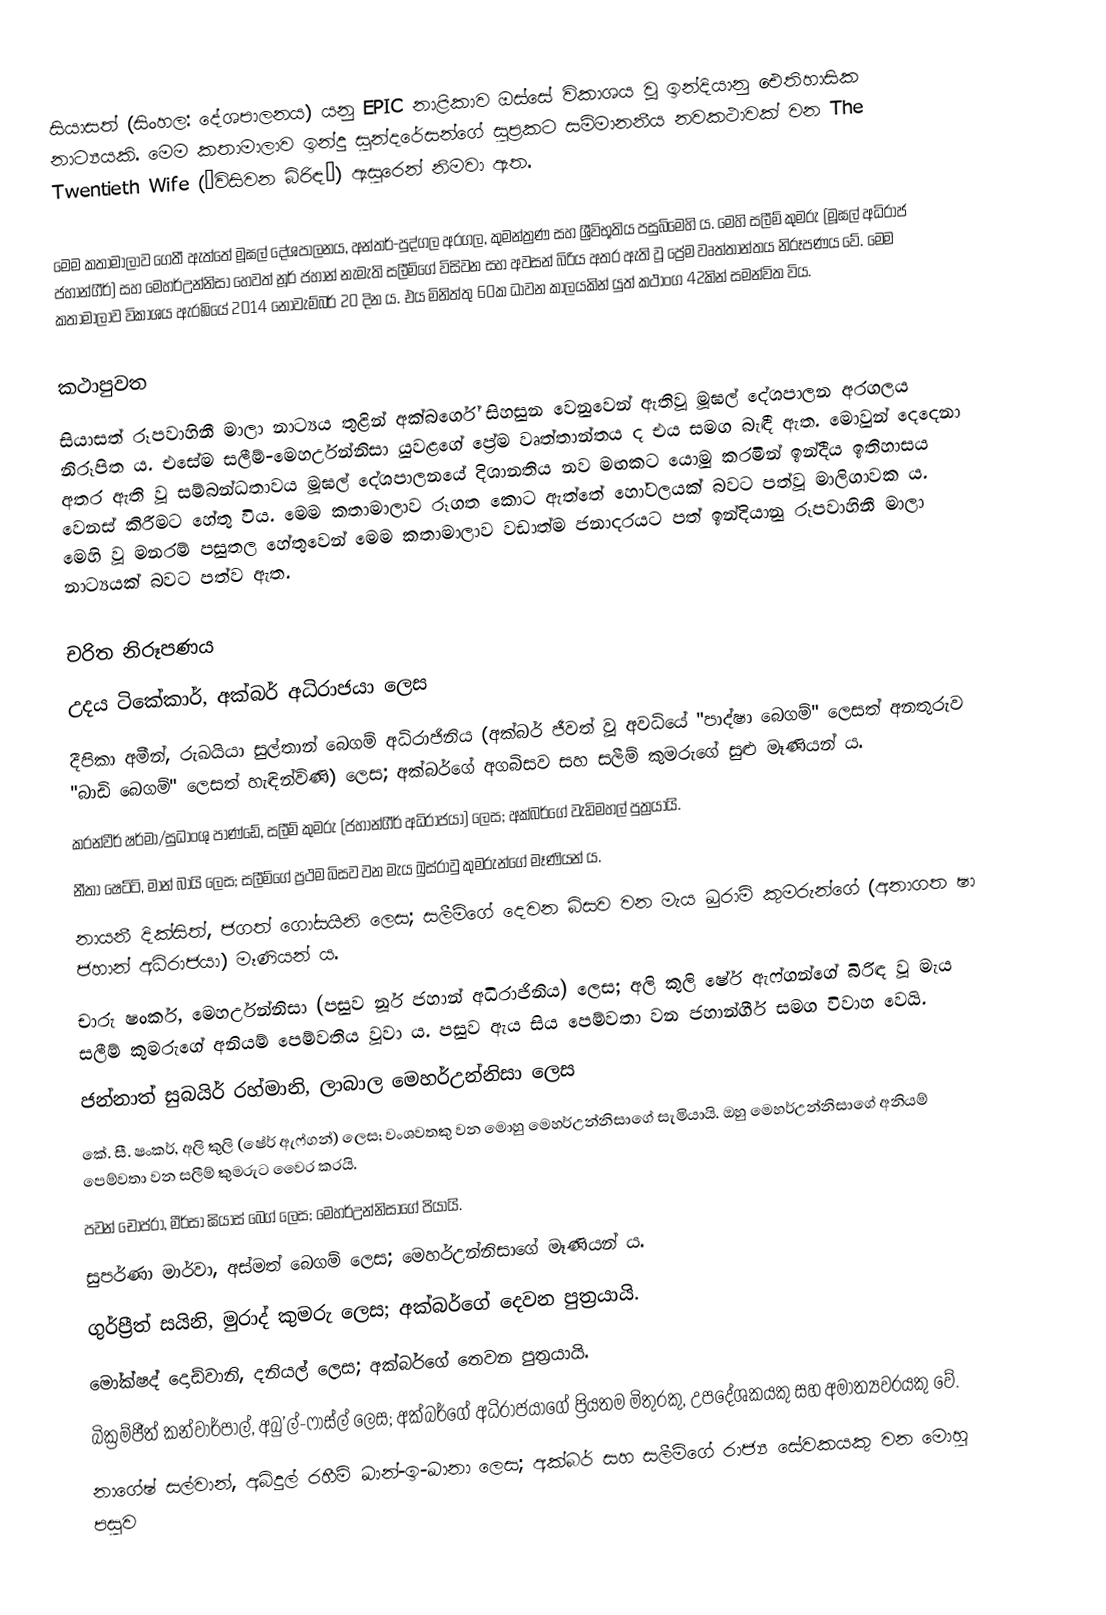
සියාසත් (සිංහල: දේශපාලනය) යනු EPIC නාළිකාව ඔස්සේ විකාශය වූ ඉන්දියානු ඓතිහාසික නාට්‍යයකි. මෙම කතාමාලාව ඉන්දු සුන්දරේසන්ගේ සුප්‍රකට සම්මානනීය නවකථාවක් වන The Twentieth Wife (“විසිවන බිරිඳ”) ඇසුරෙන් නිමවා ඇත.

මෙම කතාමාලාව ගෙතී ඇත්තේ මූඝල් දේශපාලනය, අන්තර්-පුද්ගල අරගල, කුමන්ත්‍රණ සහ ශ්‍රීවිභූතිය පසුබිමෙහි ය. මෙහි සලීම් කුමරු (මූඝල් අධිරාජ ජහාන්ගීර්) සහ මෙහර්උන්නිසා හෙවත් නූර් ජහාන් නැමැති සලීම්ගේ විසිවන සහ අවසන් බිරිය අතර ඇති වූ ප්‍රේම වෘත්තාන්තය නිරූපණය වේ. මෙම කතාමාලාව විකාශය ඇරඹියේ 2014 නොවැම්බර් 20 දින ය. එය මිනිත්තු 60ක ධාවන කාලයකින් යුත් කථාංග 42කින් සමන්විත විය.

කථාපුවත
සියාසත් රූපවාහිනී මාලා නාට්‍යය තුළින් අක්බර්ගේ සිහසුන වෙනුවෙන් ඇතිවූ මූඝල් දේශපාලන අරගලය නිරූපිත ය. එසේම සලීම්-මෙහර්උන්නිසා යුවළගේ ප්‍රේම වෘත්තාන්තය ද එය සමග බැඳී ඇත. මොවුන් දෙදෙනා අතර ඇති වූ සම්බන්ධතාවය මූඝල් දේශපාලනයේ දිශානතිය නව මඟකට යොමු කරමින් ඉන්දීය ඉතිහාසය වෙනස් කිරීමට හේතු විය. මෙම කතාමාලාව රූගත කොට ඇත්තේ හෝටලයක් බවට පත්වූ මාලිගාවක ය. මෙහි වූ මනරම් පසුතල හේතුවෙන් මෙම කතාමාලාව වඩාත්ම ජනාදරයට පත් ඉන්දියානු රූපවාහිනී මාලා නාට්‍යයක් බවට පත්ව ඇත.

චරිත නිරූපණය
 උදය ටිකේකාර්, අක්බර් අධිරාජයා ලෙස
 දීපිකා අමීන්, රුඛයියා සුල්තාන් බෙගම් අධිරාජිනිය (අක්බර් ජීවත් වූ අවධියේ "පාද්ෂා බෙගම්" ලෙසත් අනතුරුව "බාඩි බෙගම්" ලෙසත් හැඳින්විණි) ලෙස; අක්බර්ගේ අගබිසව සහ සලීම් කුමරුගේ සුළු මෑණියන් ය.
 කරන්වීර් ෂර්මා/සුධාංශු පාණ්ඩේ, සලීම් කුමරු (ජහාන්ගීර් අධිරාජයා) ලෙස; අක්බර්ගේ වැඩිමහල් පුත්‍රයායි.
 නීතා ෂෙට්ටි, මාන් බායි ලෙස; සලීම්ගේ ප්‍රථම බිසව වන මැය ඛුස්රාවු කුමරුන්ගේ මෑණියන් ය.
 නායනී දික්සිත්, ජගත් ගෝසයිනි ලෙස; සලීම්ගේ දෙවන බිසව වන මැය ඛුරාම් කුමරුන්ගේ (අනාගත ෂා ජහාන් අධිරාජයා) මෑණියන් ය.
 චාරු ෂංකර්, මෙහර්උන්නිසා (පසුව නූර් ජහාන් අධිරාජිනිය) ලෙස; අලි කුලි ෂේර් ඇෆ්ගන්ගේ බිරිඳ වූ මැය සලීම් කුමරුගේ අනියම් පෙම්වතිය වූවා ය. පසුව ඇය සිය පෙම්වතා වන ජහාන්ගීර් සමග විවාහ වෙයි.
 ජන්නාත් සුබයිර් රහ්මානි, ලාබාල මෙහර්උන්නිසා ලෙස
 කේ. සී. ෂංකර්, අලි කුලි (ෂේර් ඇෆ්ගන්) ලෙස; වංශවතකු වන මොහු මෙහර්උන්නිසාගේ සැමියායි. ඔහු මෙහර්උන්නිසාගේ අනියම් පෙම්වතා වන සලීම් කුමරුට වෛර කරයි.
 පවන් චොප්රා, මීර්සා ඝියාස් බෙග් ලෙස; මෙහර්උන්නිසාගේ පියායි.
 සුපර්ණා මාර්වා, අස්මත් බෙගම් ලෙස; මෙහර්උන්නිසාගේ මෑණියන් ය.
 ගුර්ප්‍රීත් සයිනි, මුරාද් කුමරු ලෙස; අක්බර්ගේ දෙවන පුත්‍රයායි.
 මෝක්ෂද් දොඩ්වානි, දනියල් ලෙස; අක්බර්ගේ තෙවන පුත්‍රයායි.
 බික්‍රම්ජීත් කන්වාර්පාල්, අබු’ල්-ෆාස්ල් ලෙස; අක්බර්ගේ අධිරාජයාගේ ප්‍රියතම මිතුරකු, උපදේශකයකු සහ අමාත්‍යවරයකු වේ.
 නාගේෂ් සල්වාන්, අබ්දුල් රහීම් ඛාන්-ඉ-ඛානා ලෙස; අක්බර් සහ සලීම්ගේ රාජ්‍ය සේවකයකු වන මොහු පසුව